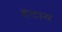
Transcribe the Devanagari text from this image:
हटाय